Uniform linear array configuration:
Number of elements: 24
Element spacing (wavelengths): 0.5
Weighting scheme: kaiser
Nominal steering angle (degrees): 30
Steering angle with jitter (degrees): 30.1
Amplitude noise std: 0.05
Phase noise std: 0.05

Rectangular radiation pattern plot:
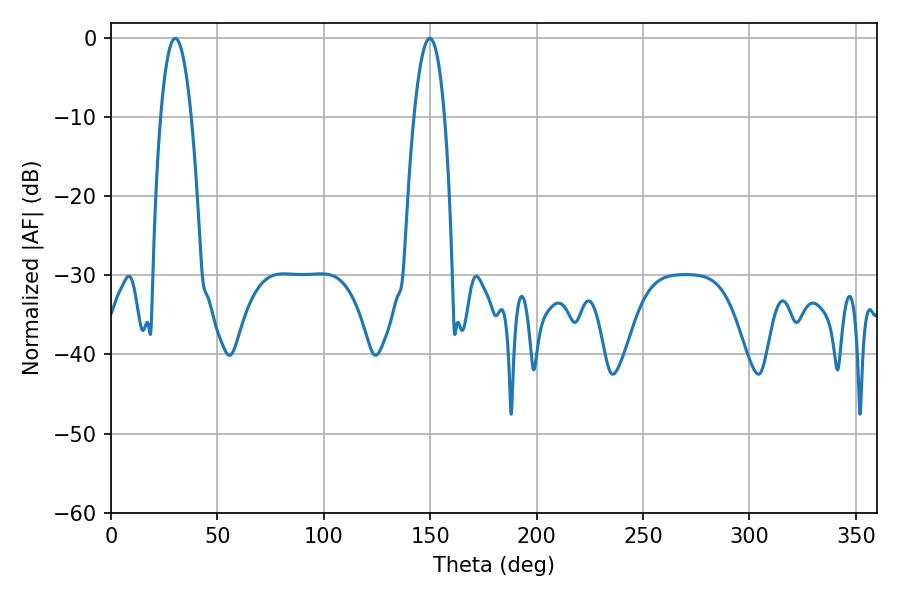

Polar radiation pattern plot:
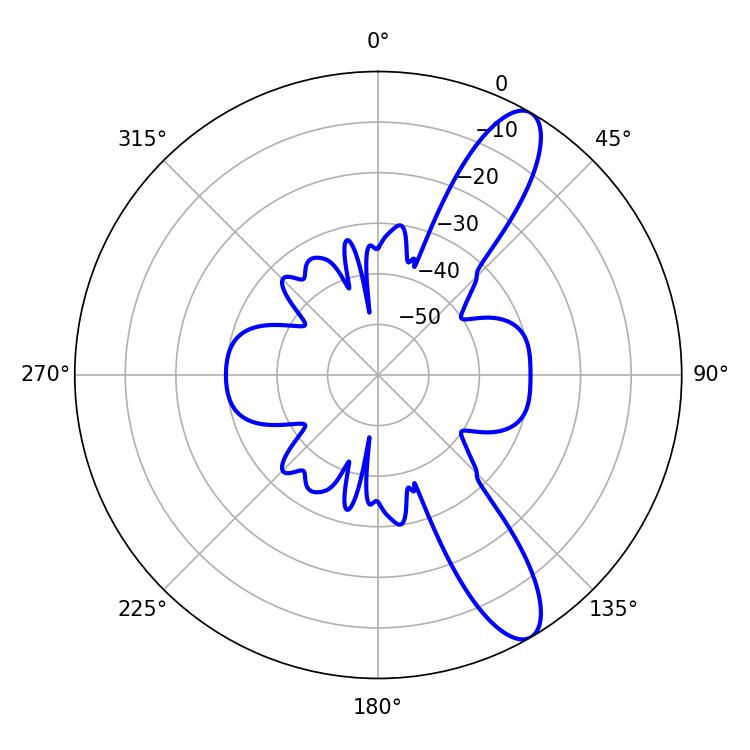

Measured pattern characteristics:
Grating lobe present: FALSE
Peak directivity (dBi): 11.236
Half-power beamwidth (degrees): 7.92
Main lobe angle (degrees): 149.76